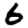
Digit: 6